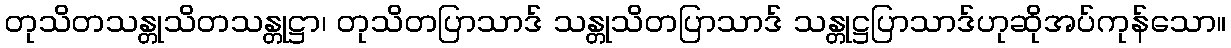
တုသိတသန္တုသိတသန္တုဋ္ဌာ၊ တုသိတပြာသာဒ် သန္တုသိတပြာသာဒ် သန္တုဋ္ဌပြာသာဒ်ဟုဆိုအပ်ကုန်သော။